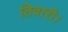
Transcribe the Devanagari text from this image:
तिवारी।